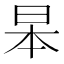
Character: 𮲞